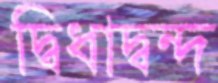
দ্বিধাদ্বন্দ